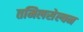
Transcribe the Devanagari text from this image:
तमिलसेल्वन